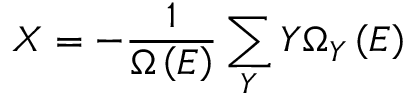
X = - { \frac { 1 } { \Omega \left( E \right) } } \sum _ { Y } Y \Omega _ { Y } \left( E \right)